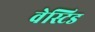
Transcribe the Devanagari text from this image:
वेस्टिड